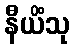
နီယိံသု